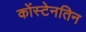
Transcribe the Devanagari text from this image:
कोंस्टेनतिन